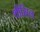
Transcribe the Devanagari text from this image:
थीसिल